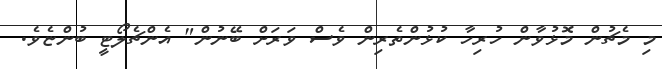
މި މެޗުން މޮޅުވާން ހުރިހާ ކުޅުންތެރިން ވެސް ވަރަށް ބޭނުން" އެންޗެލޯޓީ ބުންޏެވެ.